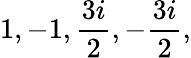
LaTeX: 1,-1,{\frac{3i}{2}},-{\frac{3i}{2}},